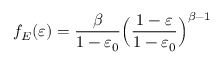
f _ { E } ( \varepsilon ) = \frac { \beta } { 1 - \varepsilon _ { 0 } } \Bigl ( \frac { 1 - \varepsilon } { 1 - \varepsilon _ { 0 } } \Bigr ) ^ { \beta - 1 } \quad